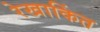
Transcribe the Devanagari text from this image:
रेखाकिंत